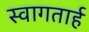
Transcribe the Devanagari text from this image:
स्‍वागतार्ह